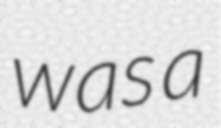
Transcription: was a